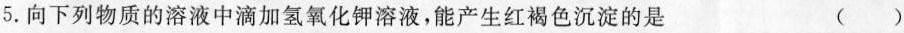
5.向下列物质的溶液中滴加氢氧化钾溶液，能产生红褐色沉淀的是 ()